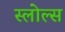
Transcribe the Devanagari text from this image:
स्लोल्स